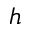
h